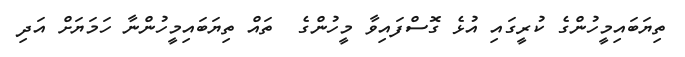
ތިޔަބައިމީހުންގެ ކުރީގައި އުޅެ ގޮސްފައިވާ މީހުންގެ  ތައް ތިޔަބައިމީހުންނާ ހަމަޔަށް އަދި